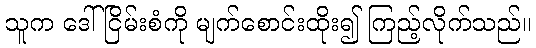
သူက ဒေါ်ငြိမ်းစံကို မျက်စောင်းထိုး၍ ကြည့်လိုက်သည်။